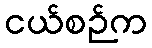
ငယ်စဉ်က